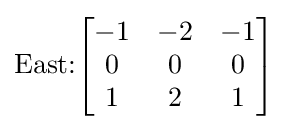
{\text{East:}}{\begin{bmatrix}-1&-2&-1\\0&0&0\\1&2&1\end{bmatrix}}